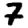
Digit: 7